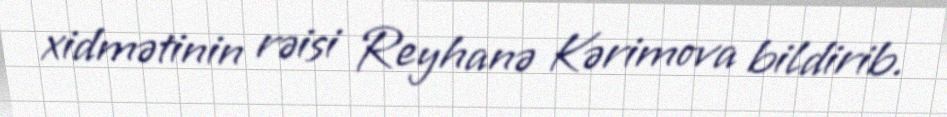
xidmətinin rəisi Reyhanə Kərimova bildirib.